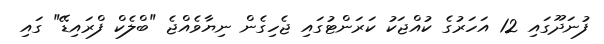
ފުނަދޫގައި 12 އަހަރުގެ ކުއްޖަކު ކަރަންޓުގައި ޖެހިގެން ނިޔާވެއްޖެ "ބްލެކް ފްރައިޑޭ" ގައި